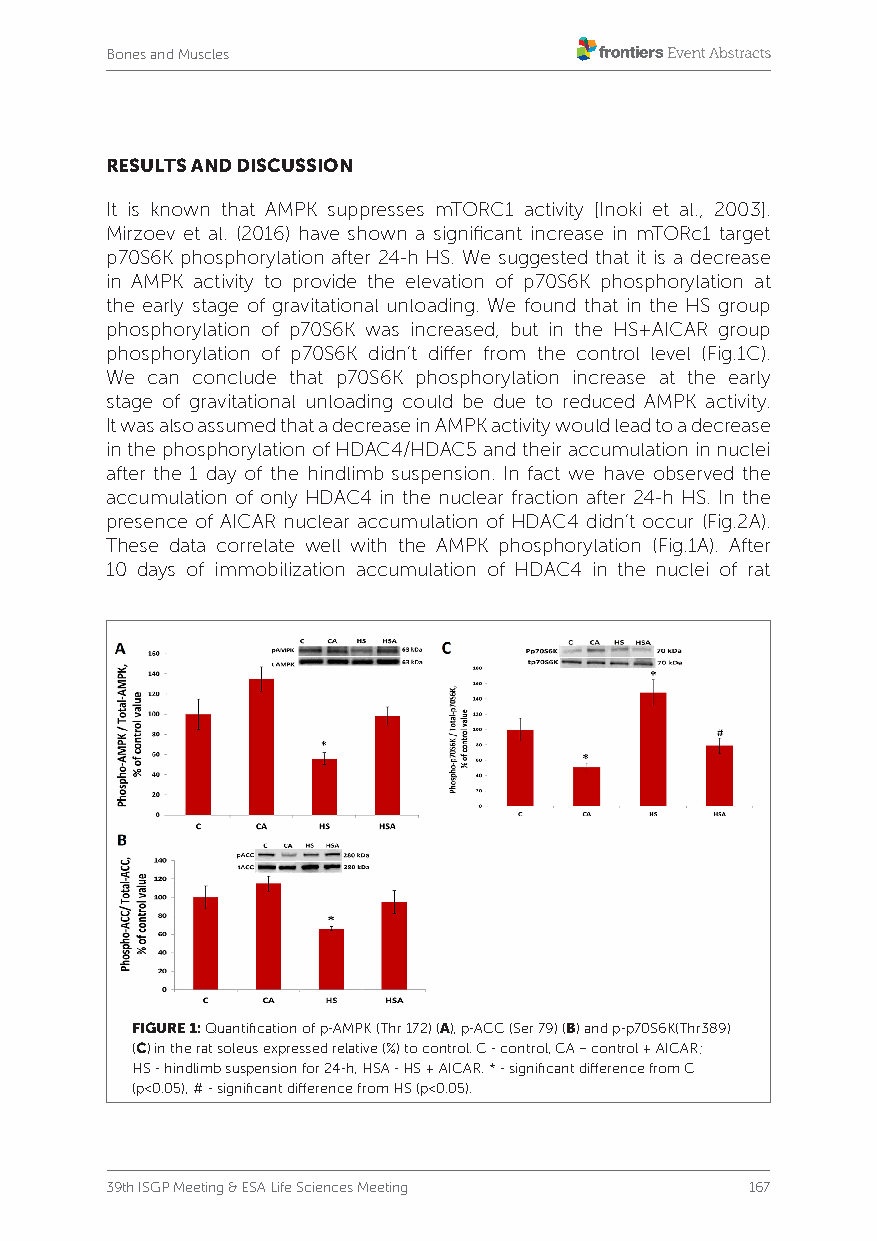
Bones and Muscles
 RESULTS AND DISCUSSION
 It is known that AMPK suppresses mTORC1 activity [Inoki et al., 2003].
 Mirzoev et al. (2016) have shown a significant increase in mTORc1 target
 p70S6K phosphorylation after 24-h HS. We suggested that it is a decrease
 in AMPK activity to provide the elevation of p70S6K phosphorylation at
 the early stage of gravitational unloading. We found that in the HS group
 phosphorylation of p70S6K was increased, but in the HS+AICAR group
 phosphorylation of p70S6K didn’t differ from the control level (Fig.1C).
 We can conclude that p70S6K phosphorylation increase at the early
 stage of gravitational unloading could be due to reduced AMPK activity.
 It was also assumed that a decrease in AMPK activity would lead to a decrease
 in the phosphorylation of HDAC4/HDAC5 and their accumulation in nuclei
 after the 1 day of the hindlimb suspension. In fact we have observed the
 accumulation of only HDAC4 in the nuclear fraction after 24-h HS. In the
 presence of AICAR nuclear accumulation of HDAC4 didn’t occur (Fig.2A).
 These data correlate well with the AMPK phosphorylation (Fig.1A). After
 10 days of immobilization accumulation of HDAC4 in the nuclei of rat
 FIGURE 1: Quantification of p-AMPK (Thr 172) (A), p-ACC (Ser 79) (B) and p-p70S6K(Thr389)
 (C) in the rat soleus expressed relative (%) to control. C - control, CA – control + AICAR;
 HS - hindlimb suspension for 24-h, HSA - HS + AICAR. * - significant difference from C
 (p<0.05), # - significant difference from HS (p<0.05).
 39th ISGP Meeting & ESA Life Sciences Meeting 167